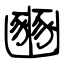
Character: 豳